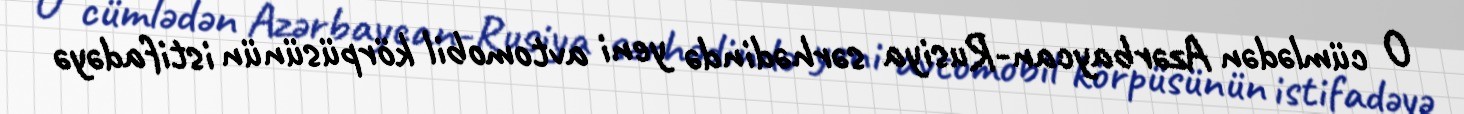
O cümlədən Azərbaycan-Rusiya sərhədində yeni avtomobil körpüsünün istifadəyə